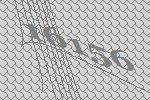
16156